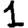
Digit: 1